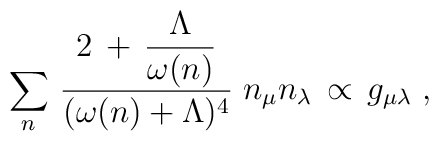
\sum_n \, \frac{ 2 \,+\, \displaystyle{\frac{\Lambda}{\omega (n)}}}{(\omega (n)+ \Lambda)^4} \; n_\mu n_\lambda \,\propto \,g_{\mu \lambda} \;,